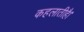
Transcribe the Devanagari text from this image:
कहलातीहै।